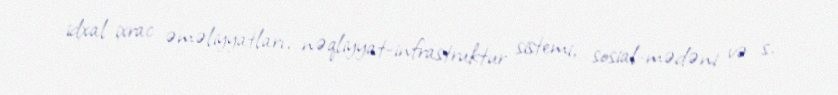
idxal-ixrac əməliyyatları, nəqliyyat-infrastruktur sistemi, sosial-mədəni və s.